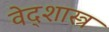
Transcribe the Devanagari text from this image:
वेद्शास्त्र